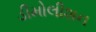
ડીમોલીશન